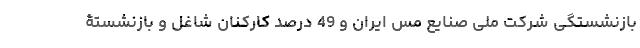
بازنشستگی شرکت ملی صنایع مس ایران و 49 درصد کارکنان شاغل و بازنشستۀ